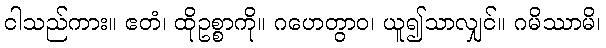
ငါသည်ကား။ ဧတံ၊ ထိုဥစ္စာကို။ ဂဟေတွာဝ၊ ယူ၍သာလျှင်။ ဂမိဿာမိ၊